Report on lock hospitals in British Burma
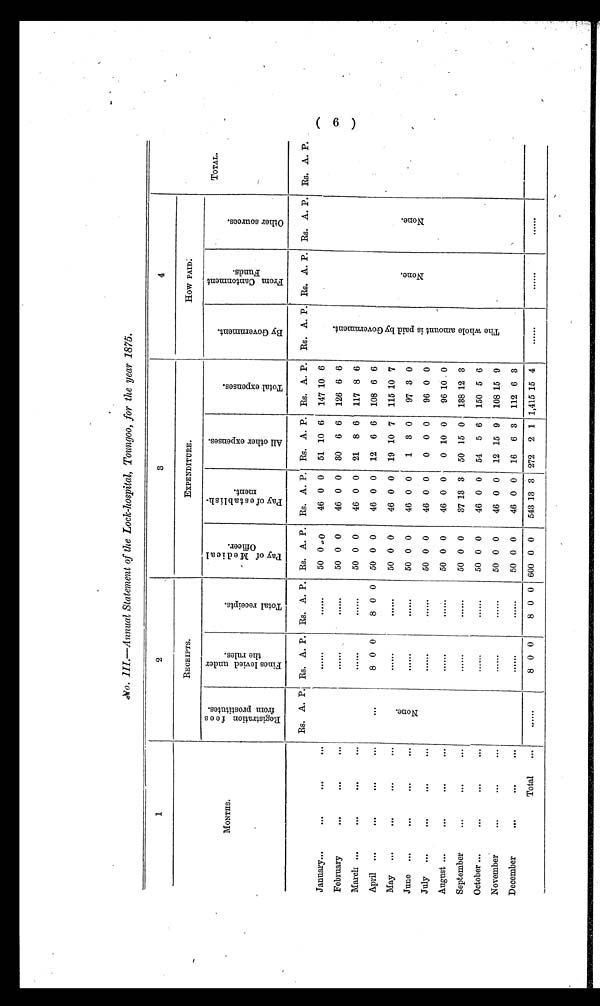
No. 111—Annual Statement of the Lock-hospital, Toungoo, for the year 1875.
1
2
3
4
MONTHS.
RECEIPTS.
EXPENDITURE.
How P A I D :
TO TAL.
R e g i s t r a t i o n f e e s f r o m p r o s t i t u t e s .
F i n e s l e v i e d u n d e r t h e r u l e s .
T o t a l r e c e i p t s .
P a y o f M e d i c a l o f f c e r .
P a y o f e s t a b l i s h - m e n t .
A l l o t h e r e x p e n s e s .
T o t a l e x p e n s e s .
B y G o v e r n m e n t .
F r o m C a n t o n m e n t F u n d s .
O t h e r s o u r c e s .
Rs. A. P. Rs. A. P. Rs. A. P. Rs. A. P. Rs. A. P. Rs. A. P. Rs. A. P. Rs. A. P. Rs. A. P. Rs. A. P. Rs. A. P.
January...
...
...
•••
......
......
50 0 . 0
46 0 0 51 10 6 147 10 6
T h e w h o l e a m o u n t i s p a i d b y G o v e r n m e n t .
N o n e ,
N o n e ,
February
...
...
...
......
......
50 0 0
46 0 0
30 6 6
126 6 6
March ...
...
...
...
......
......
50 0 0
46 0 0
21 8 6
117 8 6
April ...
...
...
...
. . .
8 0 0
8 0 0 50 0 0
46 0 0 12 6 6 108 6 6
May
...
...
...
...
N o n e .
......
......
50 0 0
46 0 0
19 10 7
115 10 7
June ...
...
...
...
......
......
50 0 0
46 0 0
1 3 0
97 3 0
July
...
...
...
...
......
.......
50 0 0
46 0 0
0 0 0
96 0 0
August ...
...
...
...
......
......
50 0 0
46 0 0
0 10 0
96 10 0
September
...
...
...
......
......
50 0 0
37 13 3
50 15 0
138 12 3
October ...
... ...
...
......
......
50 0 0
46 0 0 54 5 6 150 5 6
November
...
. . . •••
......
......
50 0 0
46 0 0 12 15 9 108 15 9
December
...
...
. . .
......
......
50 0 0
46 0 0 16 6 3 112 6 3
Total
...
......
8 0 0
8 0 0 600 0 0
543 13 3 272 2 1 1,415 15 4 ......
......
......